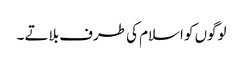
لوگوں کو اسلام کی طرف بلاتے ۔